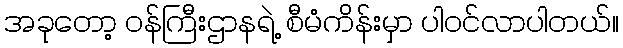
အခုတော့ ဝန်ကြီးဌာနရဲ့ စီမံကိန်းမှာ ပါဝင်လာပါတယ်။